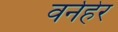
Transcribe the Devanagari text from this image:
वर्नहेर